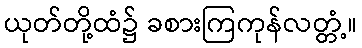
ယုတ်တို့ထံ၌ ခစားကြကုန်လတ္တံ့။